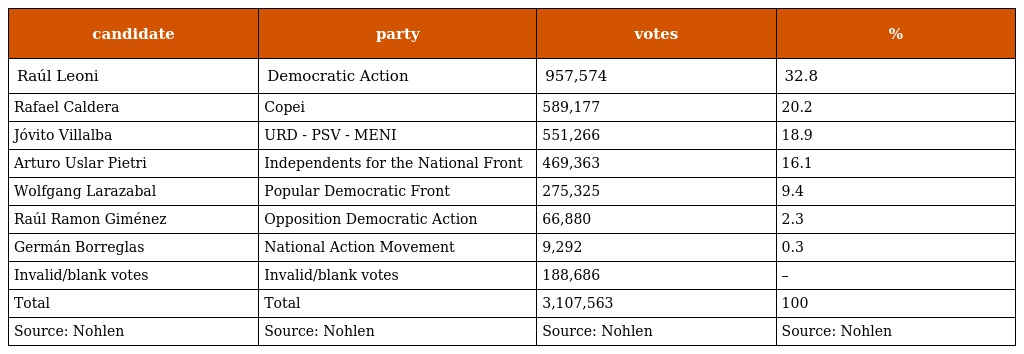
| candidate | party | votes | % |
 | --- | --- | --- | --- |
 | Raúl Leoni | Democratic Action | 957,574 | 32.8 |
 | Rafael Caldera | Copei | 589,177 | 20.2 |
 | Jóvito Villalba | URD - PSV - MENI | 551,266 | 18.9 |
 | Arturo Uslar Pietri | Independents for the National Front | 469,363 | 16.1 |
 | Wolfgang Larazabal | Popular Democratic Front | 275,325 | 9.4 |
 | Raúl Ramon Giménez | Opposition Democratic Action | 66,880 | 2.3 |
 | Germán Borreglas | National Action Movement | 9,292 | 0.3 |
 | Invalid/blank votes | Invalid/blank votes | 188,686 | – |
 | Total | Total | 3,107,563 | 100 |
 | Source: Nohlen | Source: Nohlen | Source: Nohlen | Source: Nohlen |